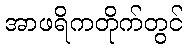
အာဖရိကတိုက်တွင်